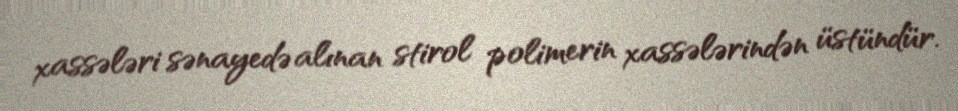
xassələri sənayedə alınan stirol polimerin xassələrindən üstündür.